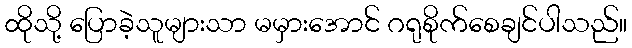
ထိုသို့ ပြောခဲ့သူများသာ မမှားအောင် ဂရုစိုက်စေချင်ပါသည်။